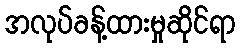
အလုပ်ခန့်ထားမှုဆိုင်ရာ